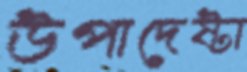
উপাদেষ্টা